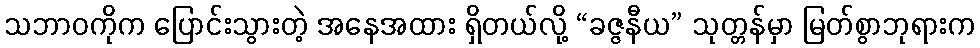
သဘာဝကိုက ပြောင်းသွားတဲ့ အနေအထား ရှိတယ်လို့ “ခဇ္ဇနီယ” သုတ္တန်မှာ မြတ်စွာဘုရားက